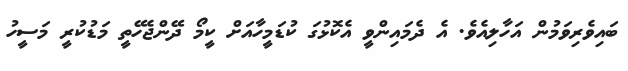
ބައިވެރިވަމުން އަހާލިއެވެ. އެ ދެމައިންވީ އެކޮޅުގަ ކުޑަމީހާއަށް ކީމޯ ދޭންޖެހޭތީ މަޑުކުރީ މަސީހު